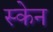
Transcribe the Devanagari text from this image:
स्‍केन